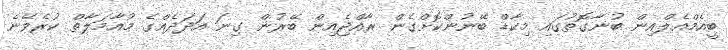
ބީއެމްއެލްއިން ބުނާގޮތުގައި މިކާޑް ބޭނުންކޮށްގެން ރާއްޖެއިން ބޭރުން ގިނަ އަދަދެއްގެ މުއާމަލާތް ކުރެވޭނެ